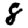
Digit: 8